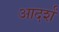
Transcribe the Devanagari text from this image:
आदर्शं